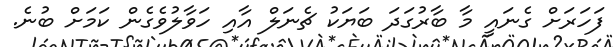
ފަހަރަށް ގެނައީ މާ ބާރުގަދަ ބަޔަކު ޗެނަލް އާއި ހަވާލުވެގެން ކަމަށް ބުނެ.